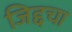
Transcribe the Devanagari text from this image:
जिद्दचा